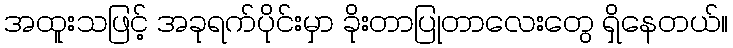
အထူးသဖြင့် အခုရက်ပိုင်းမှာ ခိုးတာပြုတာလေးတွေ ရှိနေတယ်။